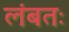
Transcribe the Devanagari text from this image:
लंबतः